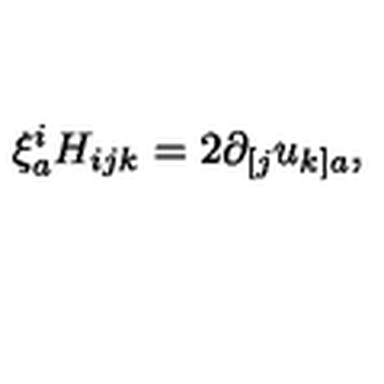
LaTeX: \xi _ { a } ^ { i } H _ { i j k } = 2 \partial _ { [ j } u _ { k ] a } ,